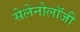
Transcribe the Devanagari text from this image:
सेलेनोलॉजी